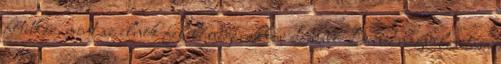
főtitkár, mint az elnök felelőssége, akkor Szabó Bence megválasztása